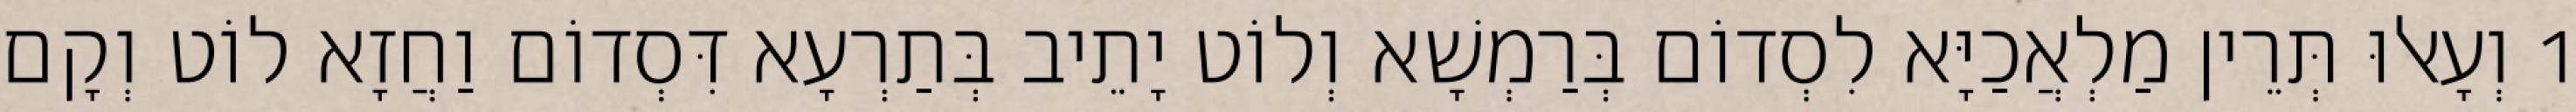
1 וְעָאלוּ תְּרֵין מַלְאֲכַיָּא לִסְדוֹם בְּרַמְשָׁא וְלוֹט יָתֵיב בְּתַרְעָא דִּסְדוֹם וַחֲזָא לוֹט וְקָם